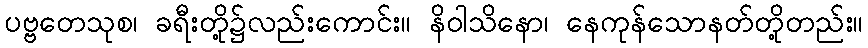
ပဗ္ဗတေသုစ၊ ခရီးတို့၌လည်းကောင်း။ နိဝါသိနော၊ နေကုန်သောနတ်တို့တည်း။